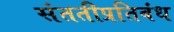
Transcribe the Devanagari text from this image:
संततीप्रतिबंध